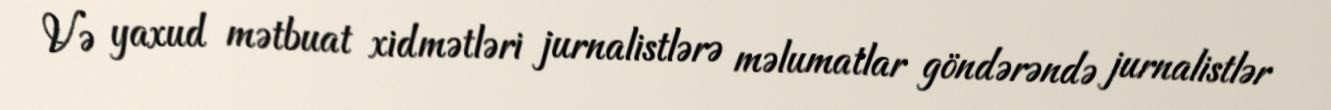
Və yaxud mətbuat xidmətləri jurnalistlərə məlumatlar göndərəndə jurnalistlər